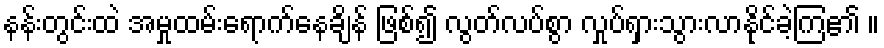
နန်းတွင်းထဲ အမှုထမ်းရောက်နေချိန် ဖြစ်၍ လွတ်လပ်စွာ လှုပ်ရှားသွားလာနိုင်ခဲ့ကြ၏ ။